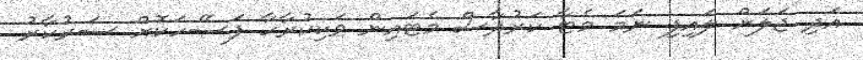
އަދި ޖަލަށް ލައިފި ނަމަ މެޓާ ކަރުދާސް މެޓައިން ވަކިކުރާހާ ފަސޭހަކޮށް ސަރުކާރު